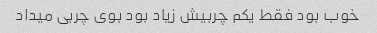
خوب بود فقط یکم چربیش زیاد بود بوی چربی میداد